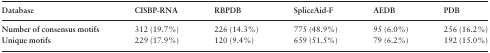
| Database | CISBP-RNA | RBPDB | SpliceAid-F | AEDB | PDB |
 | --- | --- | --- | --- | --- | --- |
 | Number of consensus motifs | 312 (19.7%) | 226 (14.3%) | 775 (48.9%) | 95 (6.0%) | 256 (16.2%) |
 | Unique motifs | 229 (17.9%) | 120 (9.4%) | 659 (51.5%) | 79 (6.2%) | 192 (15.0%) |